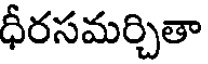
ధీరసమర్చితా